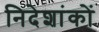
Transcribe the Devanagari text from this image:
निदेशांकों